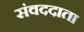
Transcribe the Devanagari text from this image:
संवददाता